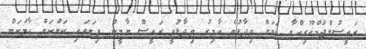
ރައީސުލްޖުމްހޫރިއްޔާ ކަމަށް ވިދާޅުވެ އާމިރު ވިދާޅުވީ ރައީސް ޔާމީން ފިޔަވައި ކަންކަން ހާމަކަން